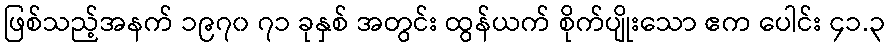
ဖြစ်သည့်အနက် ၁၉၇၀ ၇၁ ခုနှစ် အတွင်း ထွန်ယက် စိုက်ပျိုးသော ဧက ပေါင်း ၄၁.၃